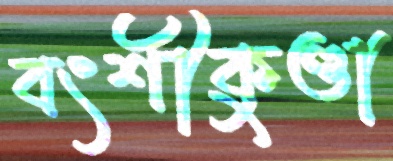
বংশীকুণ্ডা